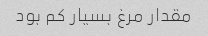
مقدار مرغ بسیار کم بود